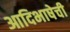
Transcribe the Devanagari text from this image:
आदिभाषेची